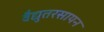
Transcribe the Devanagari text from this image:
वैद्युतरसायन